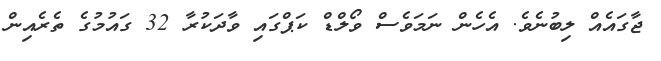
ޖާގައެއް ލިބުނެވެ. އެހެން ނަމަވެސް ވޯލްޑް ކަޕްގައި ވާދަކުރާ 32 ގައުމުގެ ތެރެއިން